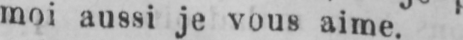
moi aussi je vous aime.